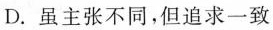
D.虽主张不同，但追求一致